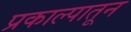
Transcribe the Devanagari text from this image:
प्रकाल्पातून